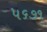
૫૬૭૧